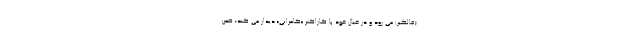
(فالگیر) می رود و در خیال خود با کاراکتر «کامرانی» دیدار می کند؛ ضمن